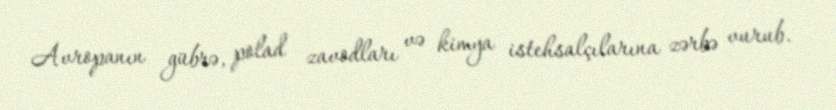
Avropanın gübrə, polad zavodları və kimya istehsalçılarına zərbə vurub.